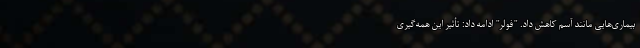
بیماری‌هایی مانند آسم کاهش داد. "فولر" ادامه داد: تأثیر این همه‌گیری